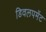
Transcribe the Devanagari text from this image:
डिवलपमेंट